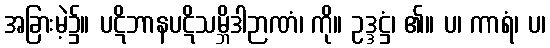
အခြားမဲ့၌။ ပဋိဘာနပဋိသမ္ဘိဒါဉာဏံ၊ ကို။ ဥဒ္ဒဋ္ဌံ၊ ၏။ ပ၊ ကာရံ၊ ပ၊